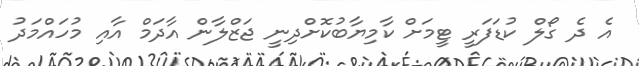
އެ ދެ ގޯލް ކުޑަފަރީ ޓީމަށް ކާމިޔާބުކޮށްދިނީ ޖަޒްލާން އާދަމް އާއި މުހައްމަދު